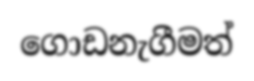
ගොඩනැගීමත්